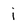
Character: j